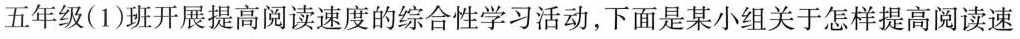
五年级( 1 )班开展提高阅读速度的综合性学习活动，下面是某小组关于怎样提高阅读速